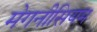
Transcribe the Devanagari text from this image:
मेगनीसियम